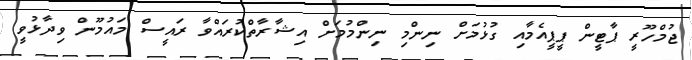
ޖުމްހޫރީ ޕާޓީން ޕީޕީއެމާއި ގުޅުމަށް ނިންމި ނިންމުމަށް އިޝާރާތްކުރައްވާ ރައީސް މައުމޫން ވިދާޅުވީ